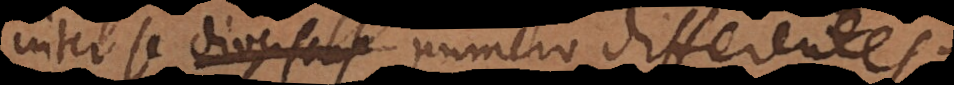
inter se diversas numero differentes.